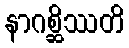
နာဂစ္ဆိဿတိ